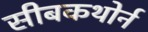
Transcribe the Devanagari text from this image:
सीबकथोर्न